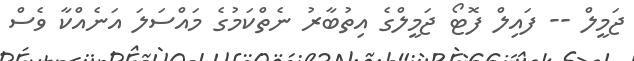
ޖަމީލް -- ފައިލް ފޮޓޯ ޖަމީލްގެ އިތުބާރު ނެތްކަމުގެ މައްސަލަ އަނެއްކާ ވެސް